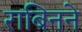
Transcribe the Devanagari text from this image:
राबिनने